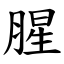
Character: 腥